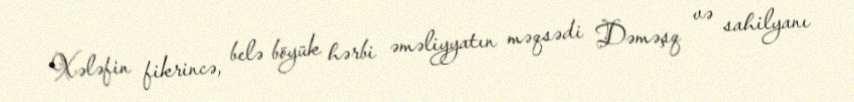
Xələfin fikrincə, belə böyük hərbi əməliyyatın məqsədi Dəməşq və sahilyanı